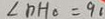
\angle D H _ { 0 } = 9 1